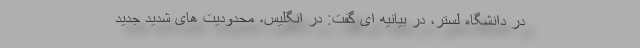
در دانشگاه لستر، در بیانیه ای گفت: در انگلیس، محدودیت های شدید جدید